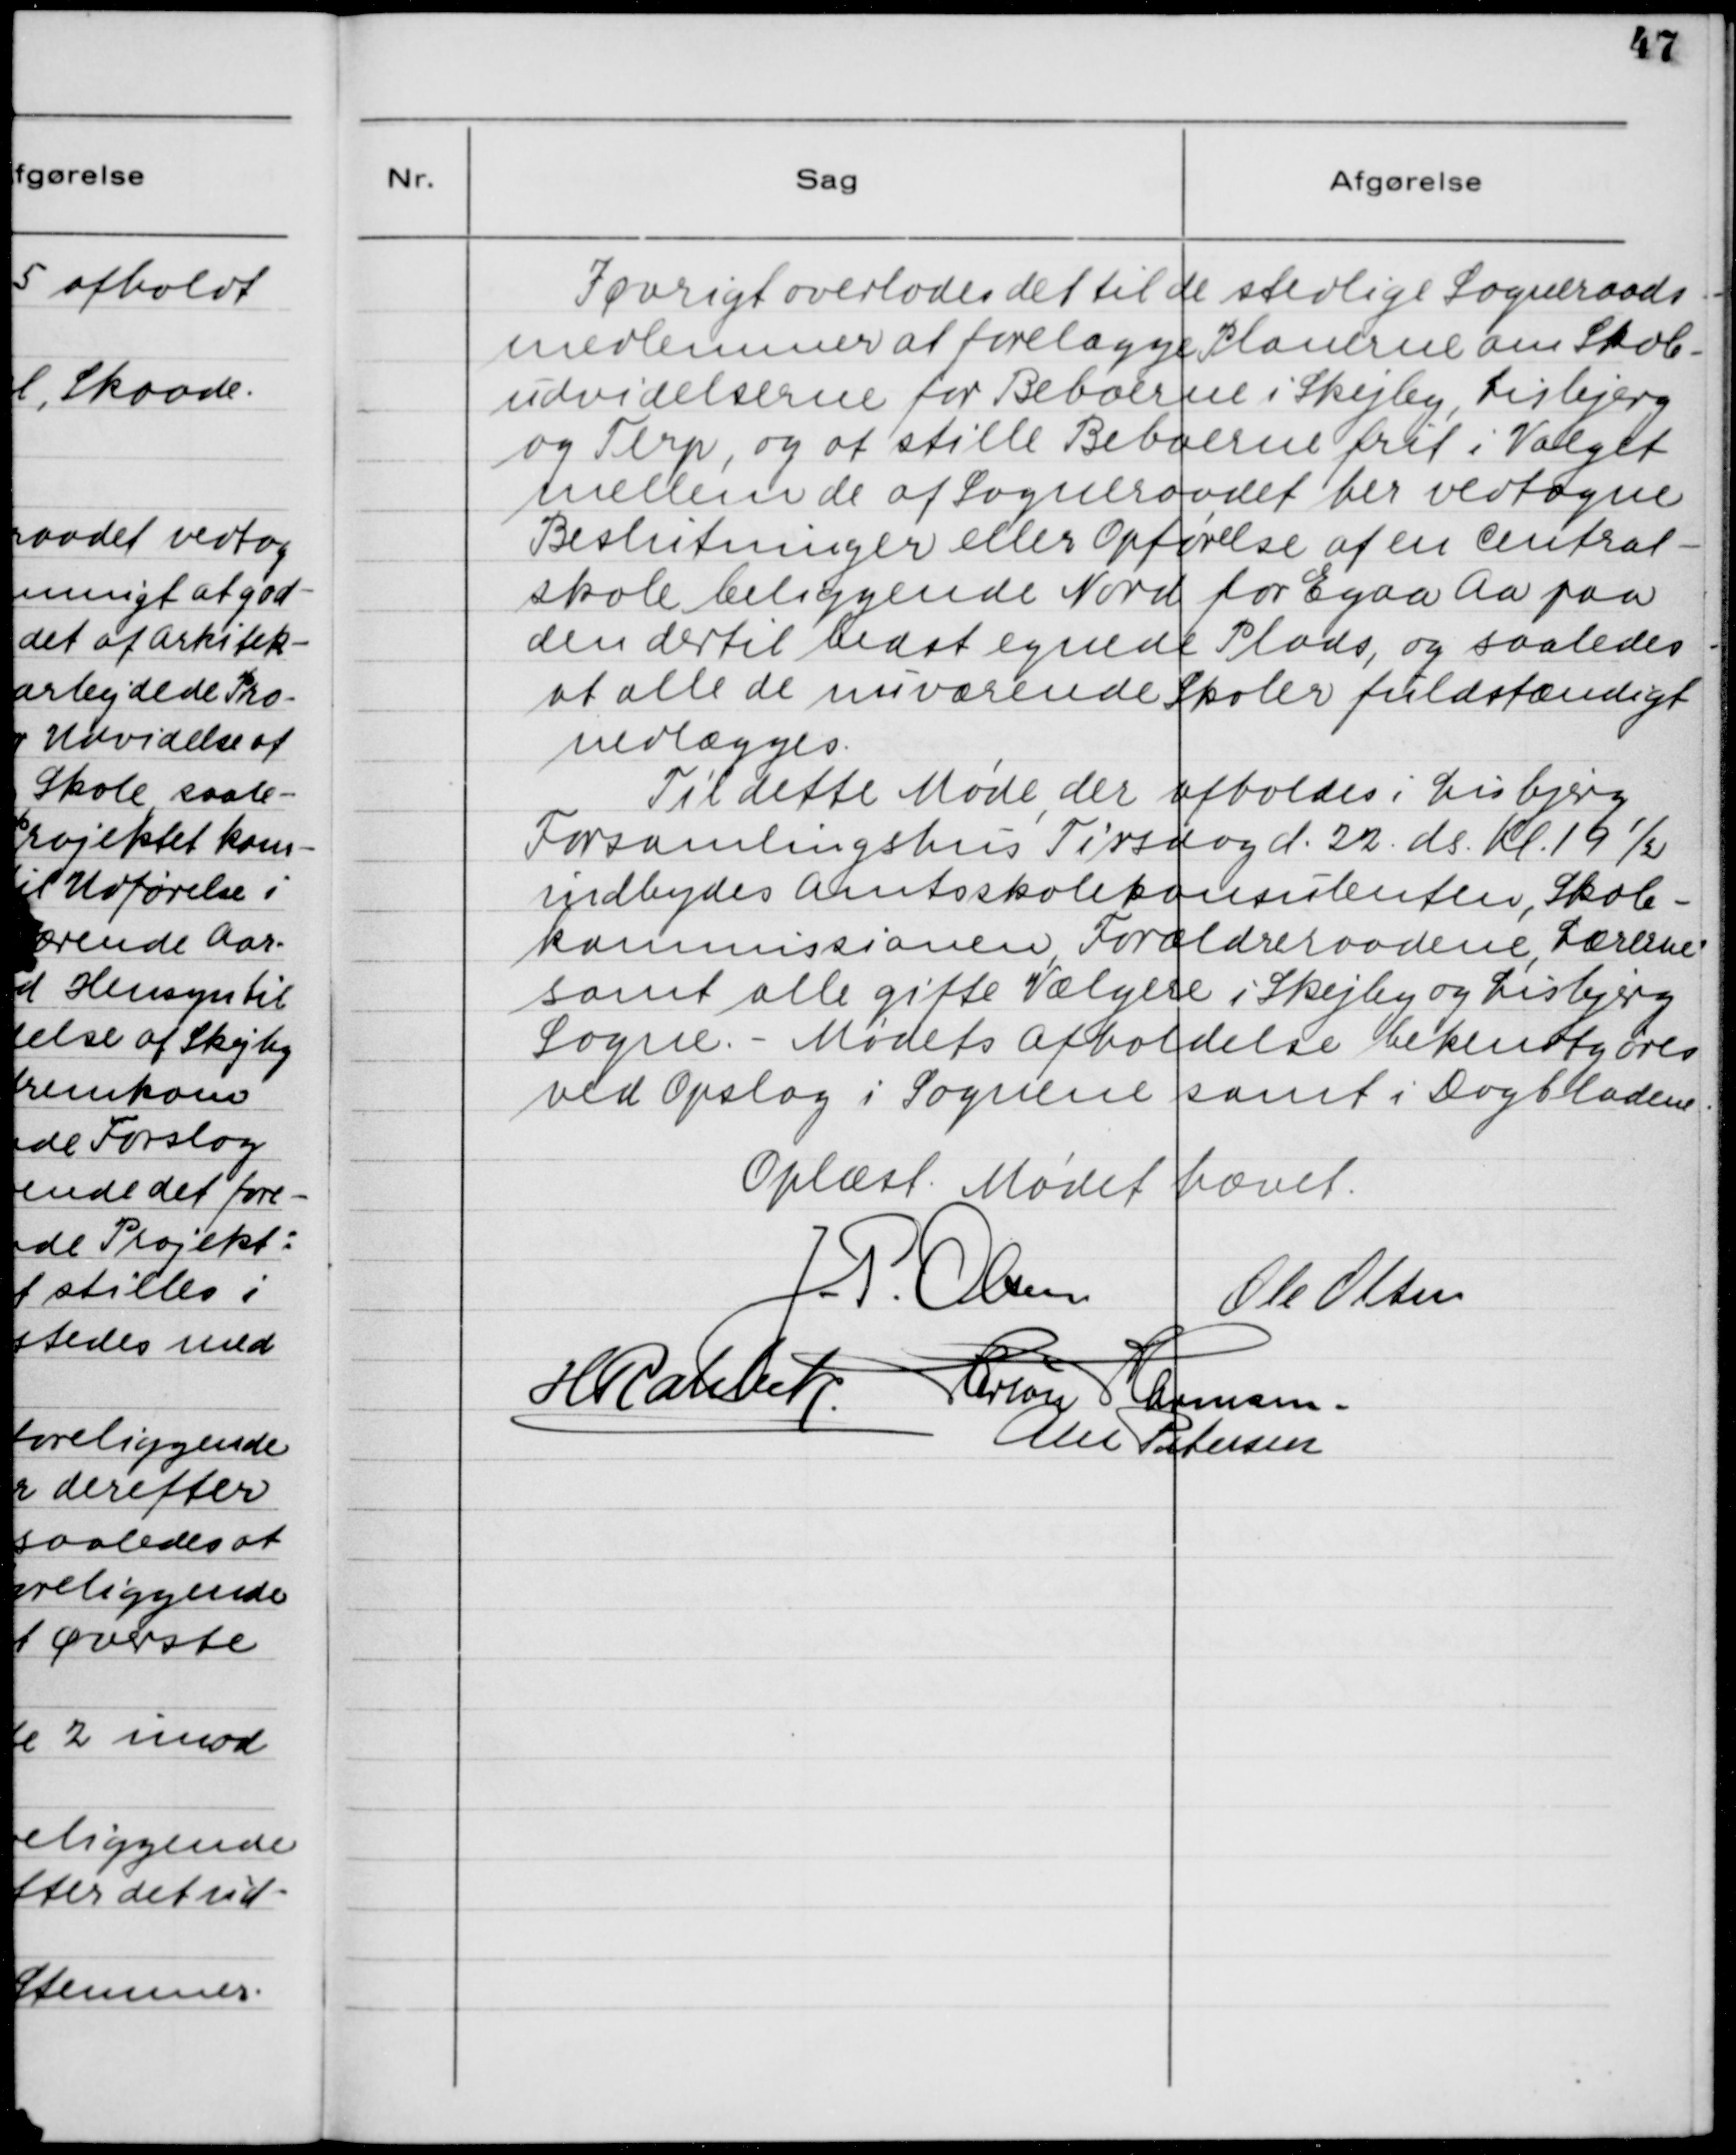
Transskription:
Iøvrigt overlades det til de stedlige Sogneraads-
medlemmer at forelægge Planerne om Skole-
udvidelserne for Beboerne i Skejby, Lisbjerg
og Terp, og at stille Beboerne frit i Valget
mellem de af Sogneraadet her vedtagne
Beslutninger eller Opførelse af en Central-
skole beliggende Nord for Egaa Aa paa
den dertil bedst egnede Plads, og saaledes
at alle de nuværende Skoler fuldstændigt
nedlægges.
Til dette Møde, der afholdes i Lisbjerg
Forsamlingshus Tirsdag d. 22. ds. Kl. 19 1/2
indbydes Amtsskolekonsulenten, Skole-
kommissionen, Forældreraadene, Lærerne
samt alle gifte Vælgere i Skejby og Lisbjerg
Sogne. - Mødets afholdelse bekendtgøres
ved Opslag i Sognene samt Dagbladene.
Oplæst. Mødet hævet.